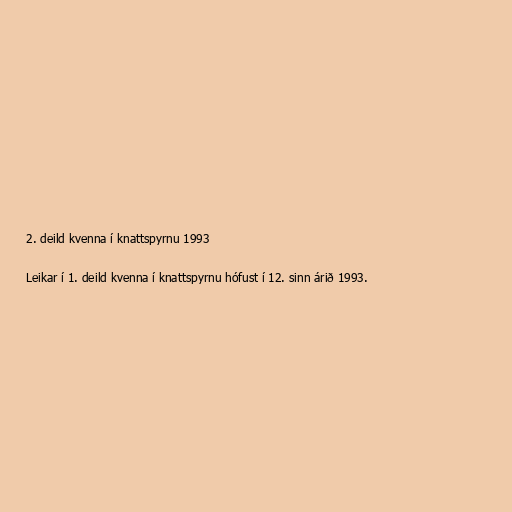
2. deild kvenna í knattspyrnu 1993

Leikar í 1. deild kvenna í knattspyrnu hófust í 12. sinn árið 1993.